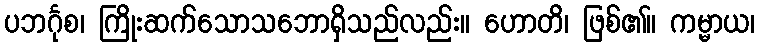
ပဘင်္ဂုစ၊ ကြိုးဆက်သောသဘောရှိသည်လည်း။ ဟောတိ၊ ဖြစ်၏။ ကမ္မာယ၊